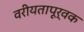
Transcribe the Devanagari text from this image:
वरीयतापूर्वक